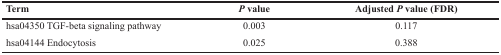
<table><thead><tr><td><b>Term</b></td><td><b><i>P</i> value</b></td><td><b>Adjusted <i>P</i> value (FDR)</b></td></tr></thead><tbody><tr><td>hsa04350 TGF-beta signaling pathway</td><td>0.003</td><td>0.117</td></tr><tr><td>hsa04144 Endocytosis</td><td>0.025</td><td>0.388</td></tr></tbody></table>